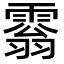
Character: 𩄘